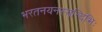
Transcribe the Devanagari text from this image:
भरतनयनस्यन्दिभिः